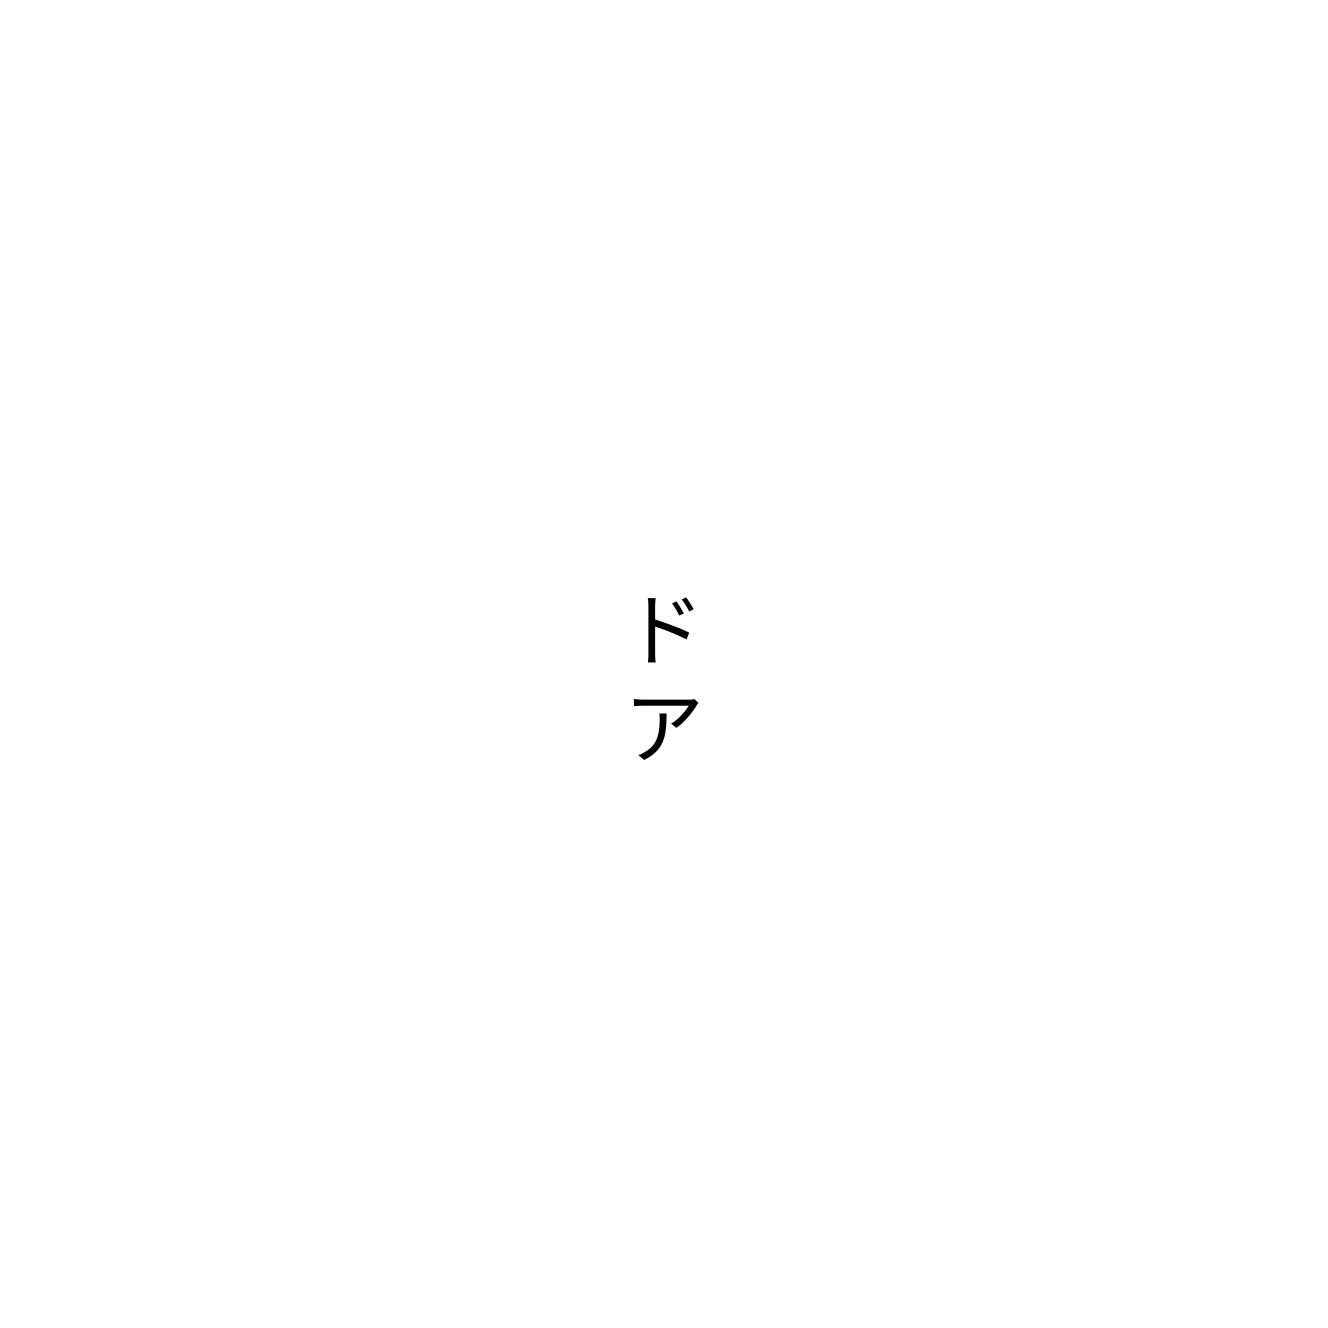
ドア